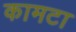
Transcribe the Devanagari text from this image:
कामटा